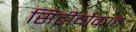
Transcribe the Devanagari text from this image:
सिटीचौकात